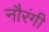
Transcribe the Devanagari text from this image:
नौरंगी